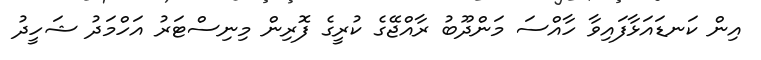
އިން ކަނޑައަޅާފައިވާ ހާއްސަ މަންދޫބު ރާއްޖޭގެ ކުރީގެ ފޮރިން މިނިސްޓަރު އަހްމަދު ޝަހީދު